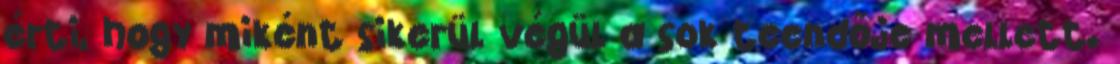
érti, hogy miként sikerül végül a sok teendője mellett.